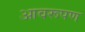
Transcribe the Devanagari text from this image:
आवरूपण